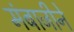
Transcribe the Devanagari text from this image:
मंबाजीने